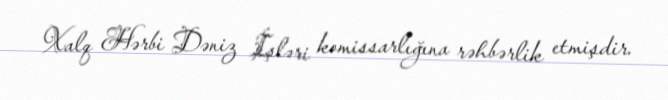
Xalq Hərbi Dəniz İşləri komissarlığına rəhbərlik etmişdir.